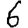
Digit: 6